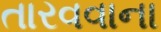
તારવવાના